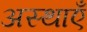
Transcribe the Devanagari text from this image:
अस्थाएँ